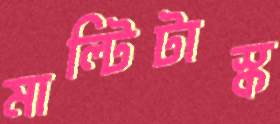
মাল্টিটাস্ক